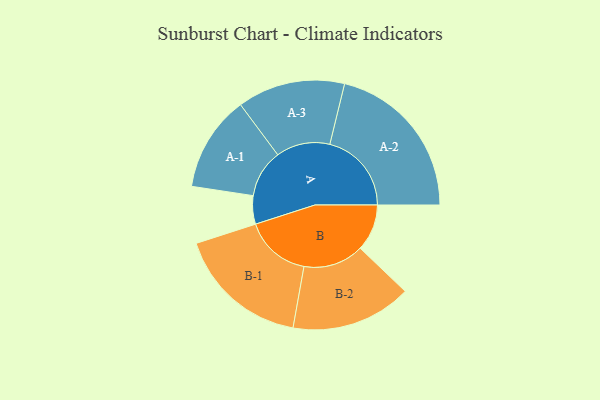
{"axis": {"x": "Segment", "y": "Value"}, "legend": ["", "A", "B"], "data": [{"x": "A", "y": 100, "type": ""}, {"x": "B", "y": 165, "type": ""}, {"x": "A-1", "y": 169, "type": "A"}, {"x": "A-2", "y": 288, "type": "A"}, {"x": "A-3", "y": 190, "type": "A"}, {"x": "B-1", "y": 234, "type": "B"}, {"x": "B-2", "y": 213, "type": "B"}]}